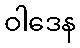
ဝါဒေန